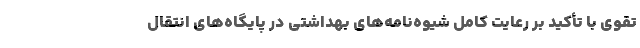
تقوی با تأکید بر رعایت کامل شیوه‌نامه‌های بهداشتی در پایگاه‌های انتقال